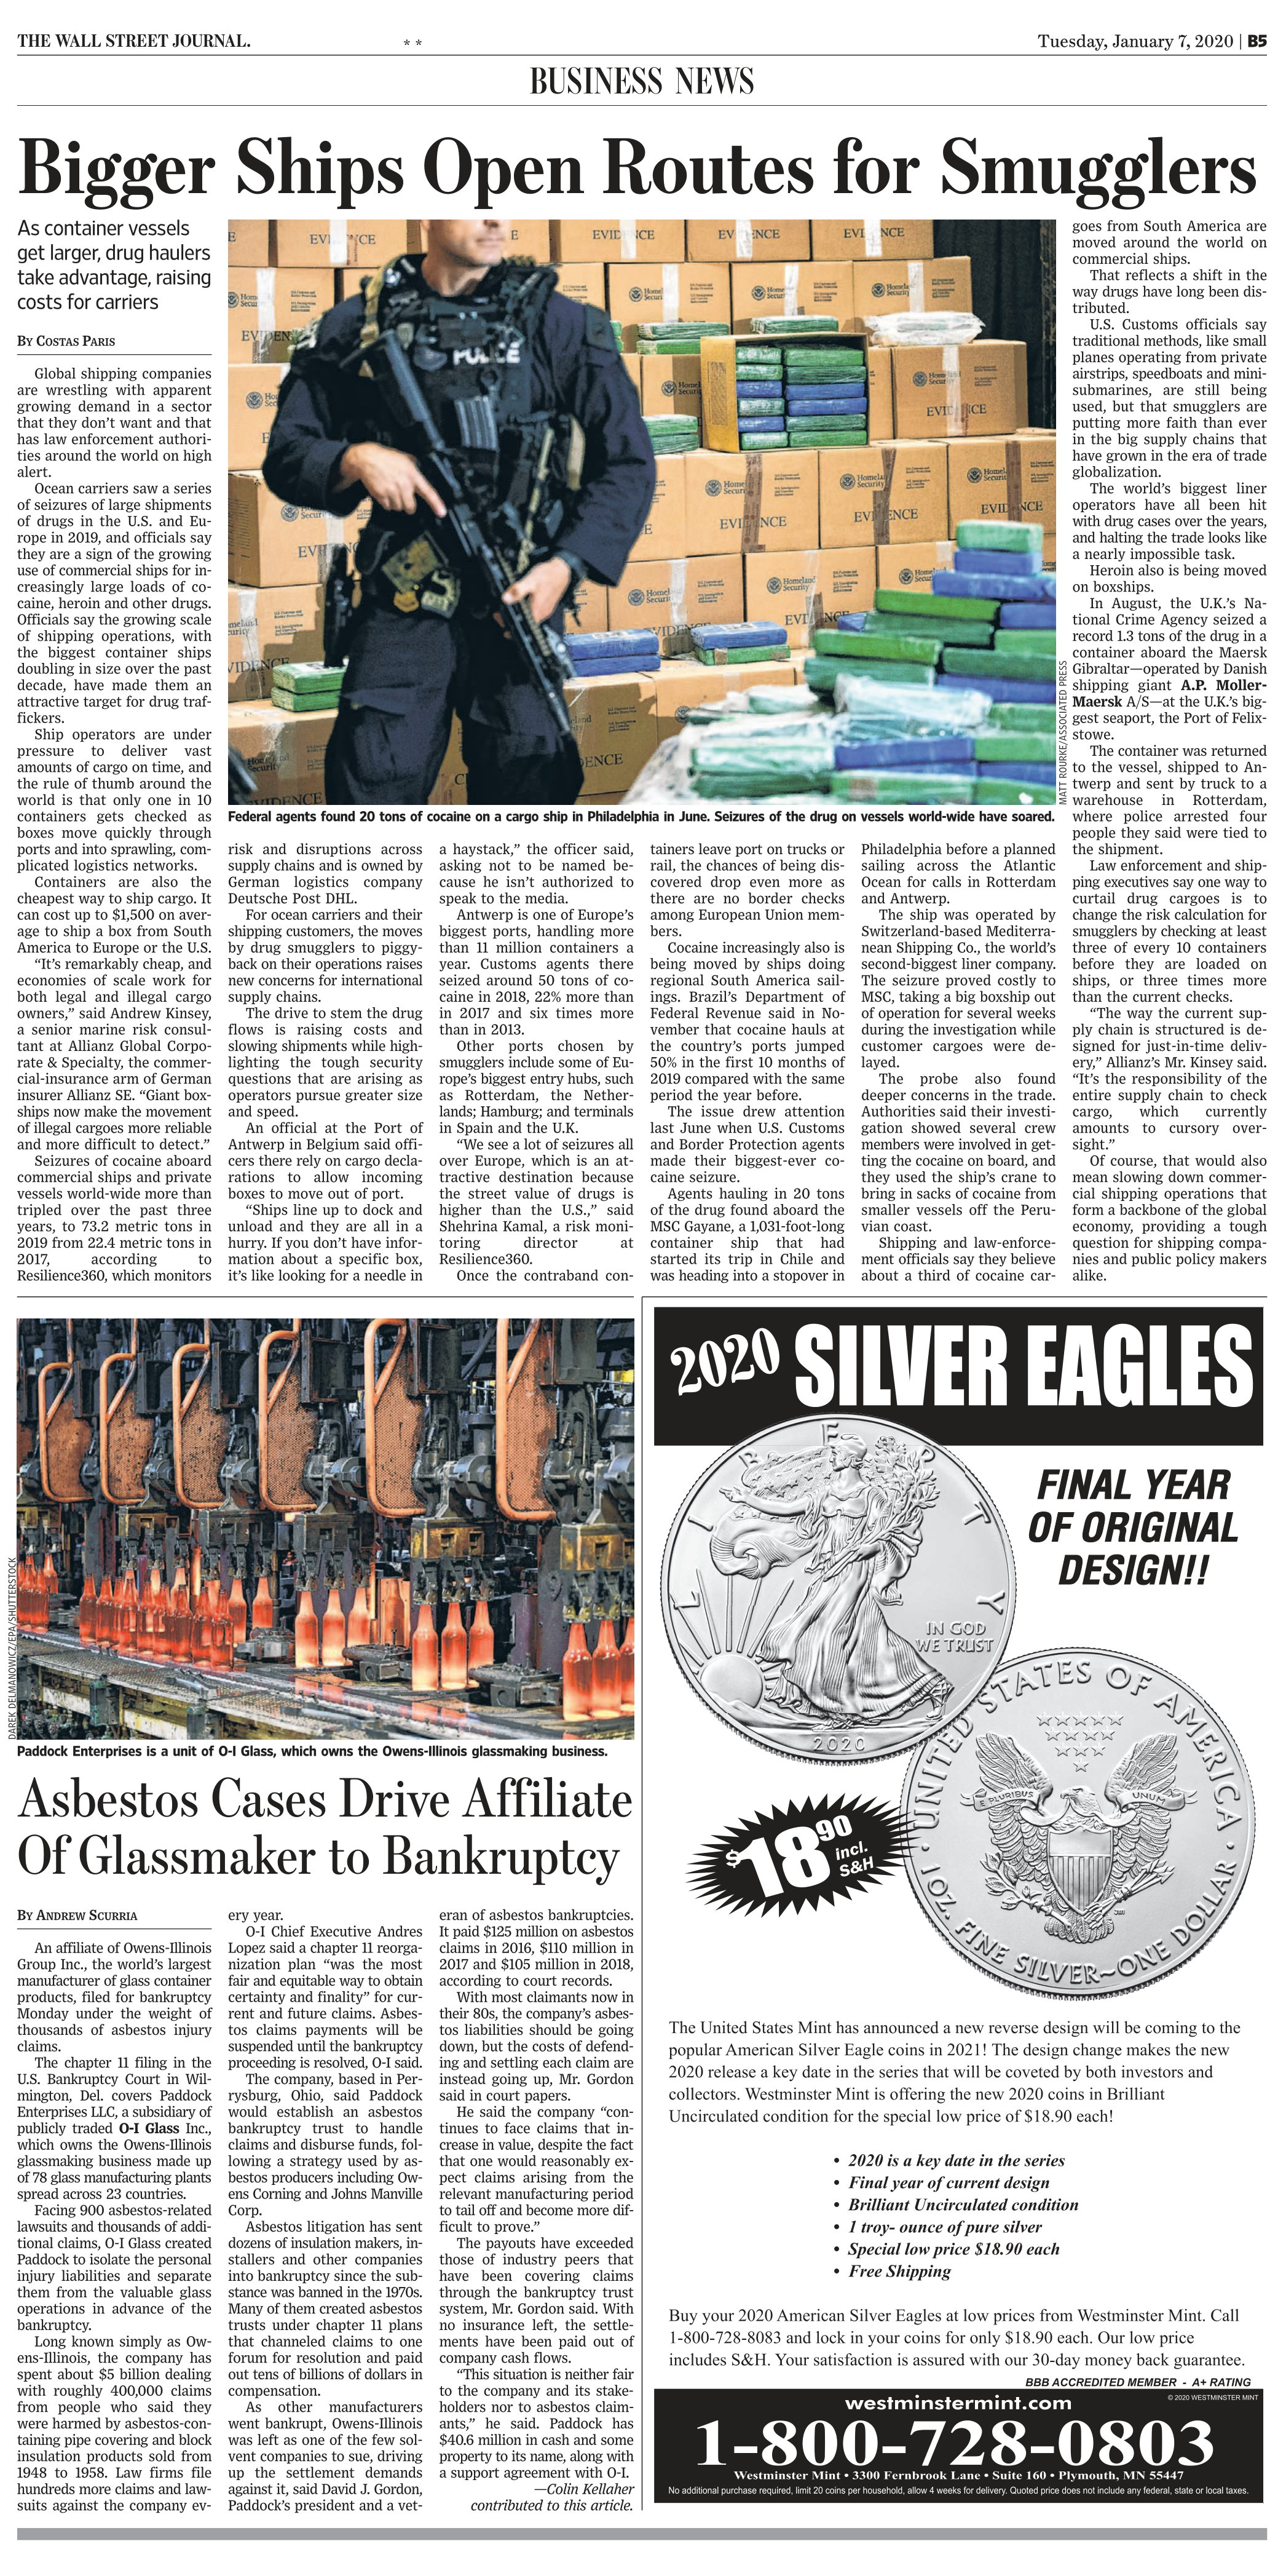
Language: en